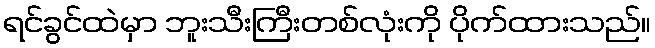
ရင်ခွင်ထဲမှာ ဘူးသီးကြီးတစ်လုံးကို ပိုက်ထားသည်။